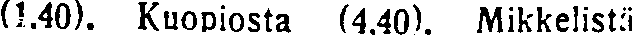
(1.40). Kuopiosta (4.40). Mikkelistä